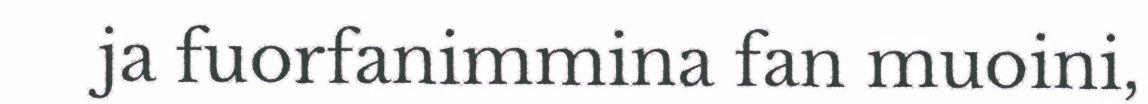
ja fuorfanimmina fan muoini,